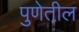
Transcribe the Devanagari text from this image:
पुणेतील